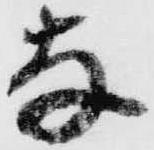
な